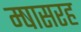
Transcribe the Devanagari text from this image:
म्षासरह